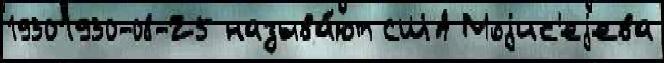
19301930-08-25 называ́ют США Моjис'еjева